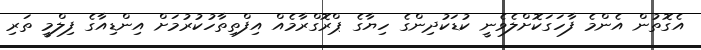
އެގޮތުން އެންމެ ފާހަގަކޮށްލެވެނީ ކުޑަކުދިންގެ ހިޔާގެ ޕްރޮގްރާމެއް އިފްތިތާހުކުރުމަށް އިންޑިއާގެ ފިލްމީ ތަރި